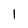
Character: l